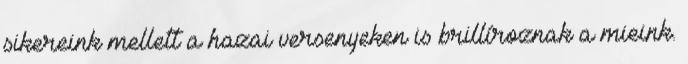
sikereink mellett a hazai versenyeken is brillíroznak a mieink.